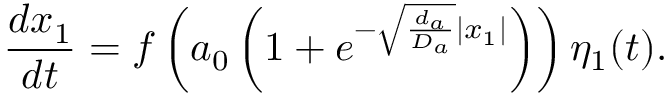
\frac { d x _ { 1 } } { d t } = f \left( a _ { 0 } \left( 1 + e ^ { - \sqrt { \frac { d _ { a } } { D _ { a } } } \left| x _ { 1 } \right| } \right) \right) \eta _ { 1 } ( t ) .